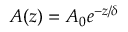
A ( z ) = A _ { 0 } e ^ { - z / \delta }